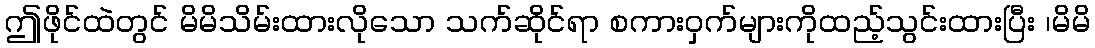
ဤဖိုင်ထဲတွင် မိမိသိမ်းထားလိုသော သက်ဆိုင်ရာ စကားဝှက်များကိုထည့်သွင်းထားပြီး ၊မိမိ